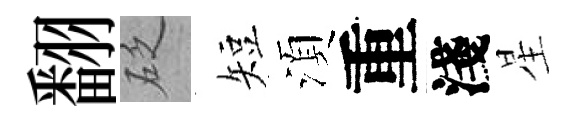
翻砭短湏重淺星